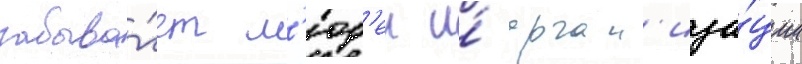
забыва́ет л'юд'еи и́ орган'иза́ции